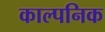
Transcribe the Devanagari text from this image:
काल्‍पनिक